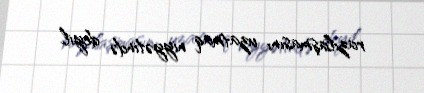
razılaşmasını uzatmaq niyyətində deyil.